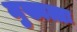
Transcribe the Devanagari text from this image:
मुख्यत्तः